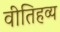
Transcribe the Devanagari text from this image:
वीतिहव्य